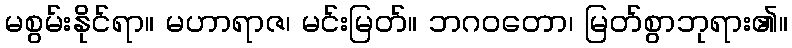
မစွမ်းနိုင်ရာ။ မဟာရာဇ၊ မင်းမြတ်။ ဘဂဝတော၊ မြတ်စွာဘုရား၏။